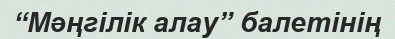
“Мәңгілік алау” балетінің